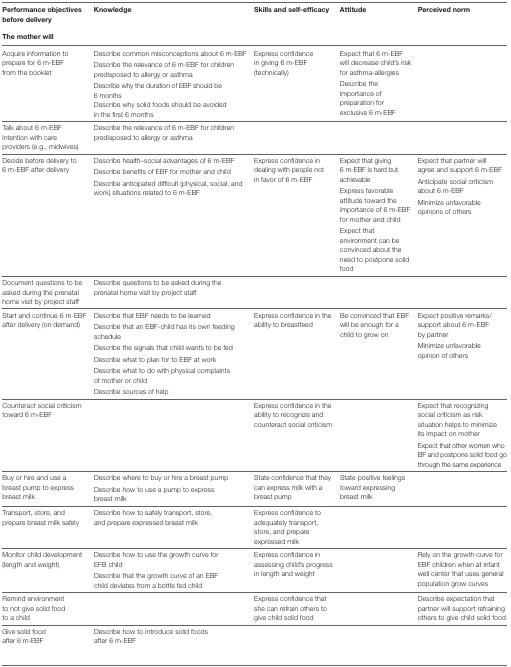
| Performance objectives before delivery | <ROWSPAN=2> Knowledge | <ROWSPAN=2> Skills and self-efficacy | <ROWSPAN=2> Attitude | <ROWSPAN=2> Perceived norm |
 | The mother will |
 | --- | --- | --- | --- | --- |
 | Acquire information to prepare for 6 m-EBF from the booklet | Describe common misconceptions about 6 m-EBFDescribe the relevance of 6 m-EBF for children predisposed to allergy or asthmaDescribe why the duration of EBF should be 6 monthsDescribe why solid foods should be avoided in the first 6 months | Express confidence in giving 6 m-EBF (technically) | Expect that 6 m-EBF will decrease child’s risk for asthma-allergiesDescribe the importance of preparation for exclusive 6 m-EBF |  |
 | Talk about 6 m-EBF intention with care providers (e.g., midwives) | Describe the relevance of 6 m-EBF for children predisposed to allergy or asthma |  |  |  |
 | Decide before delivery to 6 m-EBF after delivery | Describe health–social advantages of 6 m-EBFDescribe benefits of EBF for mother and childDescribe anticipated difficult (physical, social, and work) situations related to 6 m-EBF | Express confidence in dealing with people not in favor of 6 m-EBF | Expect that giving 6 m-EBF is hard but achievableExpress favorable attitude toward the importance of 6 m-EBF for mother and childExpect that environment can be convinced about the need to postpone solid food | Expect that partner will agree and support 6 m-EBFAnticipate social criticism about 6 m-EBFMinimize unfavorable opinions of others |
 | Document questions to be asked during the prenatal home visit by project staff | Describe questions to be asked during the prenatal home visit by project staff |  |  |  |
 | Start and continue 6 m-EBF after delivery (on demand) | Describe that EBF needs to be learnedDescribe that an EBF-child has its own feeding scheduleDescribe the signals that child wants to be fedDescribe what to plan for to EBF at workDescribe what to do with physical complaints of mother or childDescribe sources of help | Express confidence in the ability to breastfeed | Be convinced that EBF will be enough for a child to grow on | Expect positive remarks/support about 6 m-EBF by partnerMinimize unfavorable opinion of others |
 | Counteract social criticism toward 6 m-EBF |  | Express confidence in the ability to recognize and counteract social criticism |  | Expect that recognizing social criticism as risk situation helps to minimize its impact on motherExpect that other women who BF and postpone solid food go through the same experience |
 | Buy or hire and use a breast pump to express breast milk | Describe where to buy or hire a breast pumpDescribe how to use a pump to express breast milk | State confidence that they can express milk with a breast pump | State positive feelings toward expressing breast milk |  |
 | Transport, store, and prepare breast milk safely | Describe how to safely transport, store, and prepare expressed breast milk | Express confidence to adequately transport, store, and prepare expressed milk |  |
 | Monitor child development (length and weight) | Describe how to use the growth curve for EFB childDescribe that the growth curve of an EBF child deviates from a bottle fed child | Express confidence in assessing child’s progress in length and weight |  | Rely on the growth curve for EBF children when at infant well center that uses general population grow curves |
 | Remind environment to not give solid food to a child |  | Express confidence that she can refrain others to give child solid food |  | Describe expectation that partner will support refraining others to give child solid food |
 | Give solid food after 6 m-EBF | Describe how to introduce solid foods after 6 m-EBF |  |  |  |